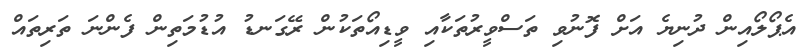
އެޕޯލޯއިން ދުނިޔެ އަށް ފޮނުވި ތަސްވީރުތަކާއި ވީޑިއޯތަކުން ރޭގަނޑު އުޑުމަތިން ފެންނަ ތަރިތައް